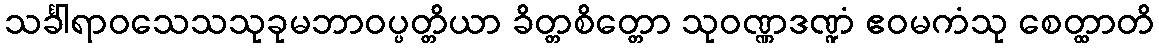
သင်္ခါရာဝသေသသုခုမဘာဝပ္ပတ္တိယာ ခိတ္တစိတ္တော သုဝဏ္ဏဒဏ္ဍံ ဧဝမကံသု စေတ္ထာတိ